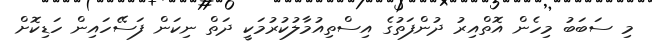
މި ސަބަބު މިހެން އޮތްއިރު ދުންފަތުގެ އިސްތިއުމާލުކުރުމަކީ ދަތް ނިކަން ފަސޭހައިން ހަޑިކޮށް